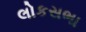
લોકસભા